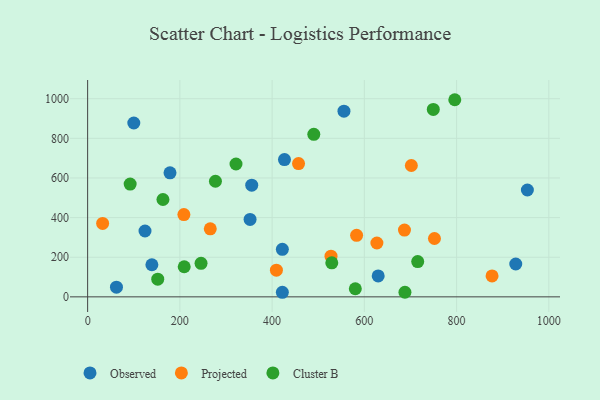
{"axis": {"x": "Ad Spend", "y": "Fuel Efficiency"}, "legend": ["Cluster B", "Observed", "Projected"], "data": [{"x": "100.1", "y": 877.3, "type": "Observed"}, {"x": "355.8", "y": 563.7, "type": "Observed"}, {"x": "352.2", "y": 390.8, "type": "Observed"}, {"x": "630.0", "y": 105.6, "type": "Observed"}, {"x": "139.3", "y": 162.1, "type": "Observed"}, {"x": "178.6", "y": 625.8, "type": "Observed"}, {"x": "62.5", "y": 48.7, "type": "Observed"}, {"x": "422.2", "y": 239.7, "type": "Observed"}, {"x": "124.4", "y": 332.2, "type": "Observed"}, {"x": "953.5", "y": 539.3, "type": "Observed"}, {"x": "422.2", "y": 23.1, "type": "Observed"}, {"x": "426.8", "y": 692.6, "type": "Observed"}, {"x": "928.3", "y": 165.8, "type": "Observed"}, {"x": "555.8", "y": 937.1, "type": "Observed"}, {"x": "876.9", "y": 105.6, "type": "Projected"}, {"x": "752.0", "y": 294.6, "type": "Projected"}, {"x": "701.9", "y": 662.9, "type": "Projected"}, {"x": "32.5", "y": 370.4, "type": "Projected"}, {"x": "208.7", "y": 415.0, "type": "Projected"}, {"x": "627.2", "y": 271.8, "type": "Projected"}, {"x": "527.7", "y": 205.5, "type": "Projected"}, {"x": "409.3", "y": 134.5, "type": "Projected"}, {"x": "265.9", "y": 343.3, "type": "Projected"}, {"x": "687.0", "y": 337.0, "type": "Projected"}, {"x": "457.3", "y": 672.8, "type": "Projected"}, {"x": "583.2", "y": 310.4, "type": "Projected"}, {"x": "277.1", "y": 583.4, "type": "Cluster B"}, {"x": "715.7", "y": 177.9, "type": "Cluster B"}, {"x": "749.5", "y": 945.8, "type": "Cluster B"}, {"x": "209.4", "y": 151.8, "type": "Cluster B"}, {"x": "152.0", "y": 89.1, "type": "Cluster B"}, {"x": "688.0", "y": 23.2, "type": "Cluster B"}, {"x": "580.4", "y": 41.0, "type": "Cluster B"}, {"x": "245.9", "y": 169.2, "type": "Cluster B"}, {"x": "92.2", "y": 569.3, "type": "Cluster B"}, {"x": "796.1", "y": 994.8, "type": "Cluster B"}, {"x": "163.3", "y": 491.3, "type": "Cluster B"}, {"x": "529.4", "y": 171.8, "type": "Cluster B"}, {"x": "490.4", "y": 820.2, "type": "Cluster B"}, {"x": "321.7", "y": 670.4, "type": "Cluster B"}]}